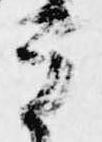
有